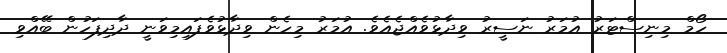
ހޯމް މިނިސްޓަރު އުމަރު ނަސީރު ވިދާޅުވެއްޖެއެވެ. އުމަރު މިހެން ވިދާޅުވެފައިމިވަނީ ދާދިފަހުން ބޭއްވި